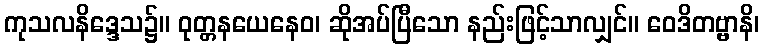
ကုသလနိဒ္ဒေသ၌။ ဝုတ္တနယေနေဝ၊ ဆိုအပ်ပြီသော နည်းဖြင့်သာလျှင်။ ဝေဒိတဗ္ဗာနိ၊